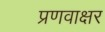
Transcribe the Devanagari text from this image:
प्रणवाक्षर